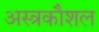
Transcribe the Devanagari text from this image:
अस्त्रकौशल